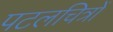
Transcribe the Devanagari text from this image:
पटलचित्रों